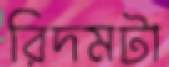
রিদমটা